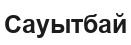
Сауытбай